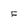
Character: F